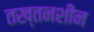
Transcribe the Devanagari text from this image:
तख्तनशीन